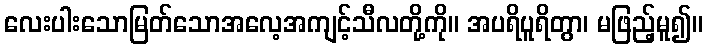
လေးပါးသောမြတ်သောအလေ့အကျင့်သီလတို့ကို။ အပရိပူရိတွာ၊ မဖြည့်မူ၍။